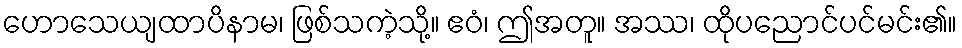
ဟောသေယျထာပိနာမ၊ ဖြစ်သကဲ့သို့။ ဧဝံ၊ ဤအတူ။ အဿ၊ ထိုပညောင်ပင်မင်း၏။